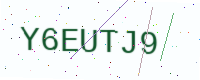
Text: Y6EUTJ9